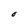
Character: O